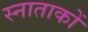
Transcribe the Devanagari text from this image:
स्नाताकों